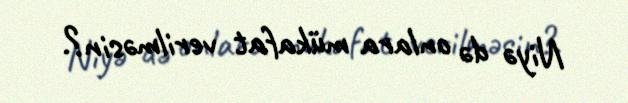
Niyə də onlara mükafat verilməsin?.